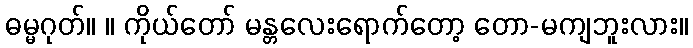
ဓမ္မဂုတ်။ ။ ကိုယ်တော် မန္တလေးရောက်တော့ တော-မကျဘူးလား။